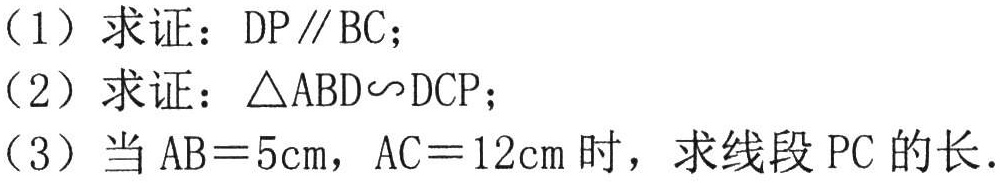
(1) 求证：\(DP\parallel BC\)；
(2) 求证：\(\triangle ABD\sim DCP\)；
(3) 当\(AB = 5\text{cm}\)，\(AC = 12\text{cm}\)时，求线段\(PC\)的长.